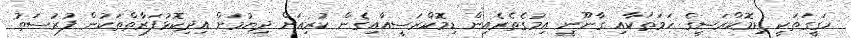
ހަގީގަތަކީ ޑިމޮކްރަސީގެ ހަމަތަކާއި ގާނޫނީ އިމުގެތެރެއިން ޑިމޮކްރަސީއާއިގެން ކުރިއަށް ދިޔުމަށް އިދިކޮޅުފަރާތްތަކުން ފުރުސަތު